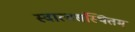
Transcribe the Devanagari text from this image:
स्वात्मसंस्थितम्